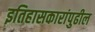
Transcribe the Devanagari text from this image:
इतिहासकारांपुढील